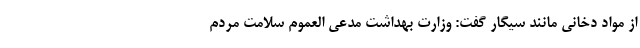
از مواد دخانی مانند سیگار گفت: وزارت بهداشت مدعی العموم سلامت مردم